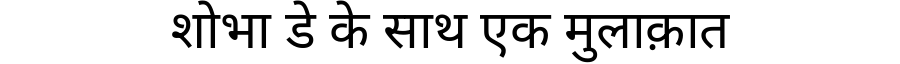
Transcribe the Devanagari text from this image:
शोभा डे के साथ एक मुलाक़ात